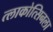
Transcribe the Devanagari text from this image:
त्लाकोत्सिनला